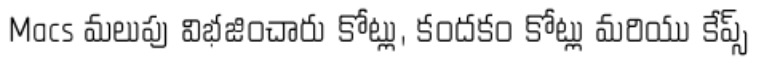
Macs మలుపు విభజించారు కోట్లు, కందకం కోట్లు మరియు కేప్స్